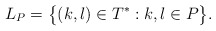
\begin{align*}L_P = \big\{ (k,l) \in T^* : k,l \in P \big\}.\end{align*}